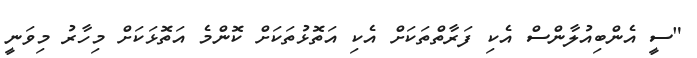
"ސީ އެންބިއުލާންސް އެކި ފަރާތްތަކަށް އެކި އަތޮޅުތަކަށް ކޮންމެ އަތޮޅަކަށް މިހާރު މިވަނީ